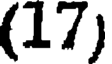
(17)